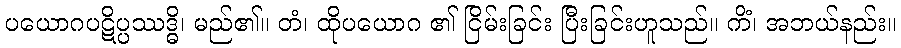
ပယောဂပဋိပ္ပဿဒ္ဓိ၊ မည်၏။ တံ၊ ထိုပယောဂ ၏ ငြိမ်းခြင်း ပြီးခြင်းဟူသည်။ ကိံ၊ အဘယ်နည်း။